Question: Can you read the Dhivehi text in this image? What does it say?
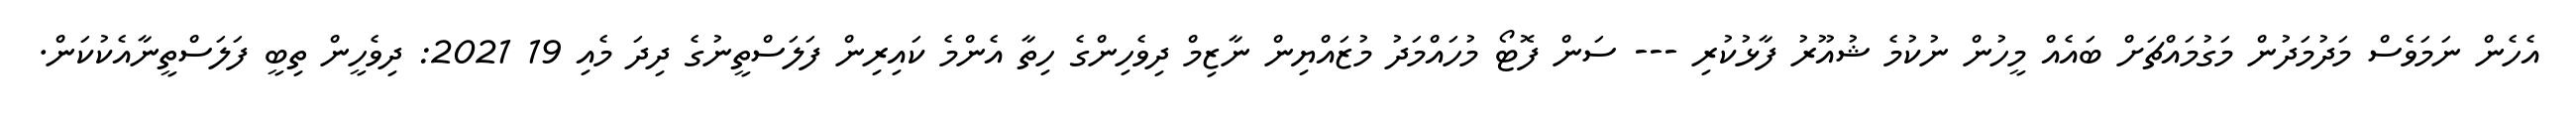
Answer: އެހެން ނަމަވެސް މަދުމަދުން މަގުމައްޗަށް ބައެއް މީހުން ނުކުމެ ޝުއޫރު ފާޅުކުރި --- ސަން ފޮޓޯ މުހައްމަދު މުޒައްޔިން ނާޒިމް ދިވެހިންގެ ހިތާ އެންމެ ކައިރިން ފަލަސްތީނުގެ ދިދަ މެއި 19 2021: ދިވެހީން ތިބީ ފަލަސްތީނާއެކުކަން.